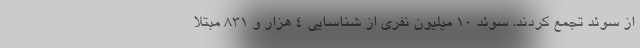
از سوئد تجمع کردند. سوئدِ 10 میلیون نفری از شناسایی 4 هزار و 831 مبتلا